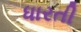
ધારતી